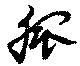
膍